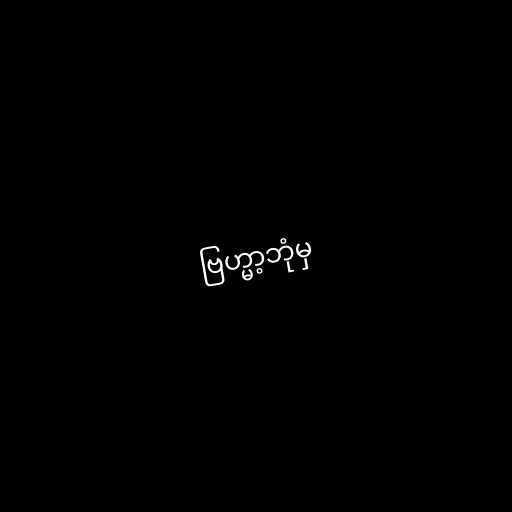
ဗြဟ္မာ့ဘုံမှ